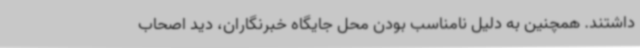
داشتند. همچنین به دلیل نامناسب بودن محل جایگاه خبرنگاران، دید اصحاب